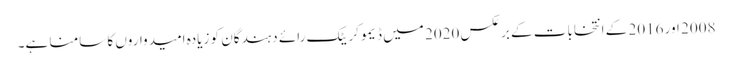
2008 اور 2016 کے انتخابات کے برعکس 2020 میں ڈیموکریٹک رائے دہندگان کو زیادہ امیدواروں کا سامنا ہے۔